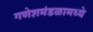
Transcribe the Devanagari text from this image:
गणेशमंडळामध्ये